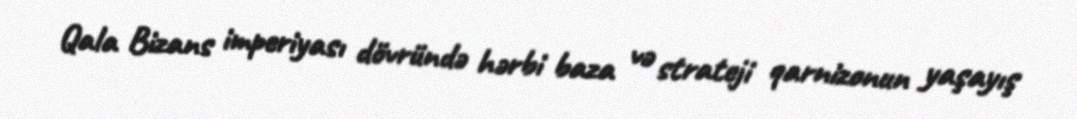
Qala Bizans imperiyası dövründə hərbi baza və strateji qarnizonun yaşayış